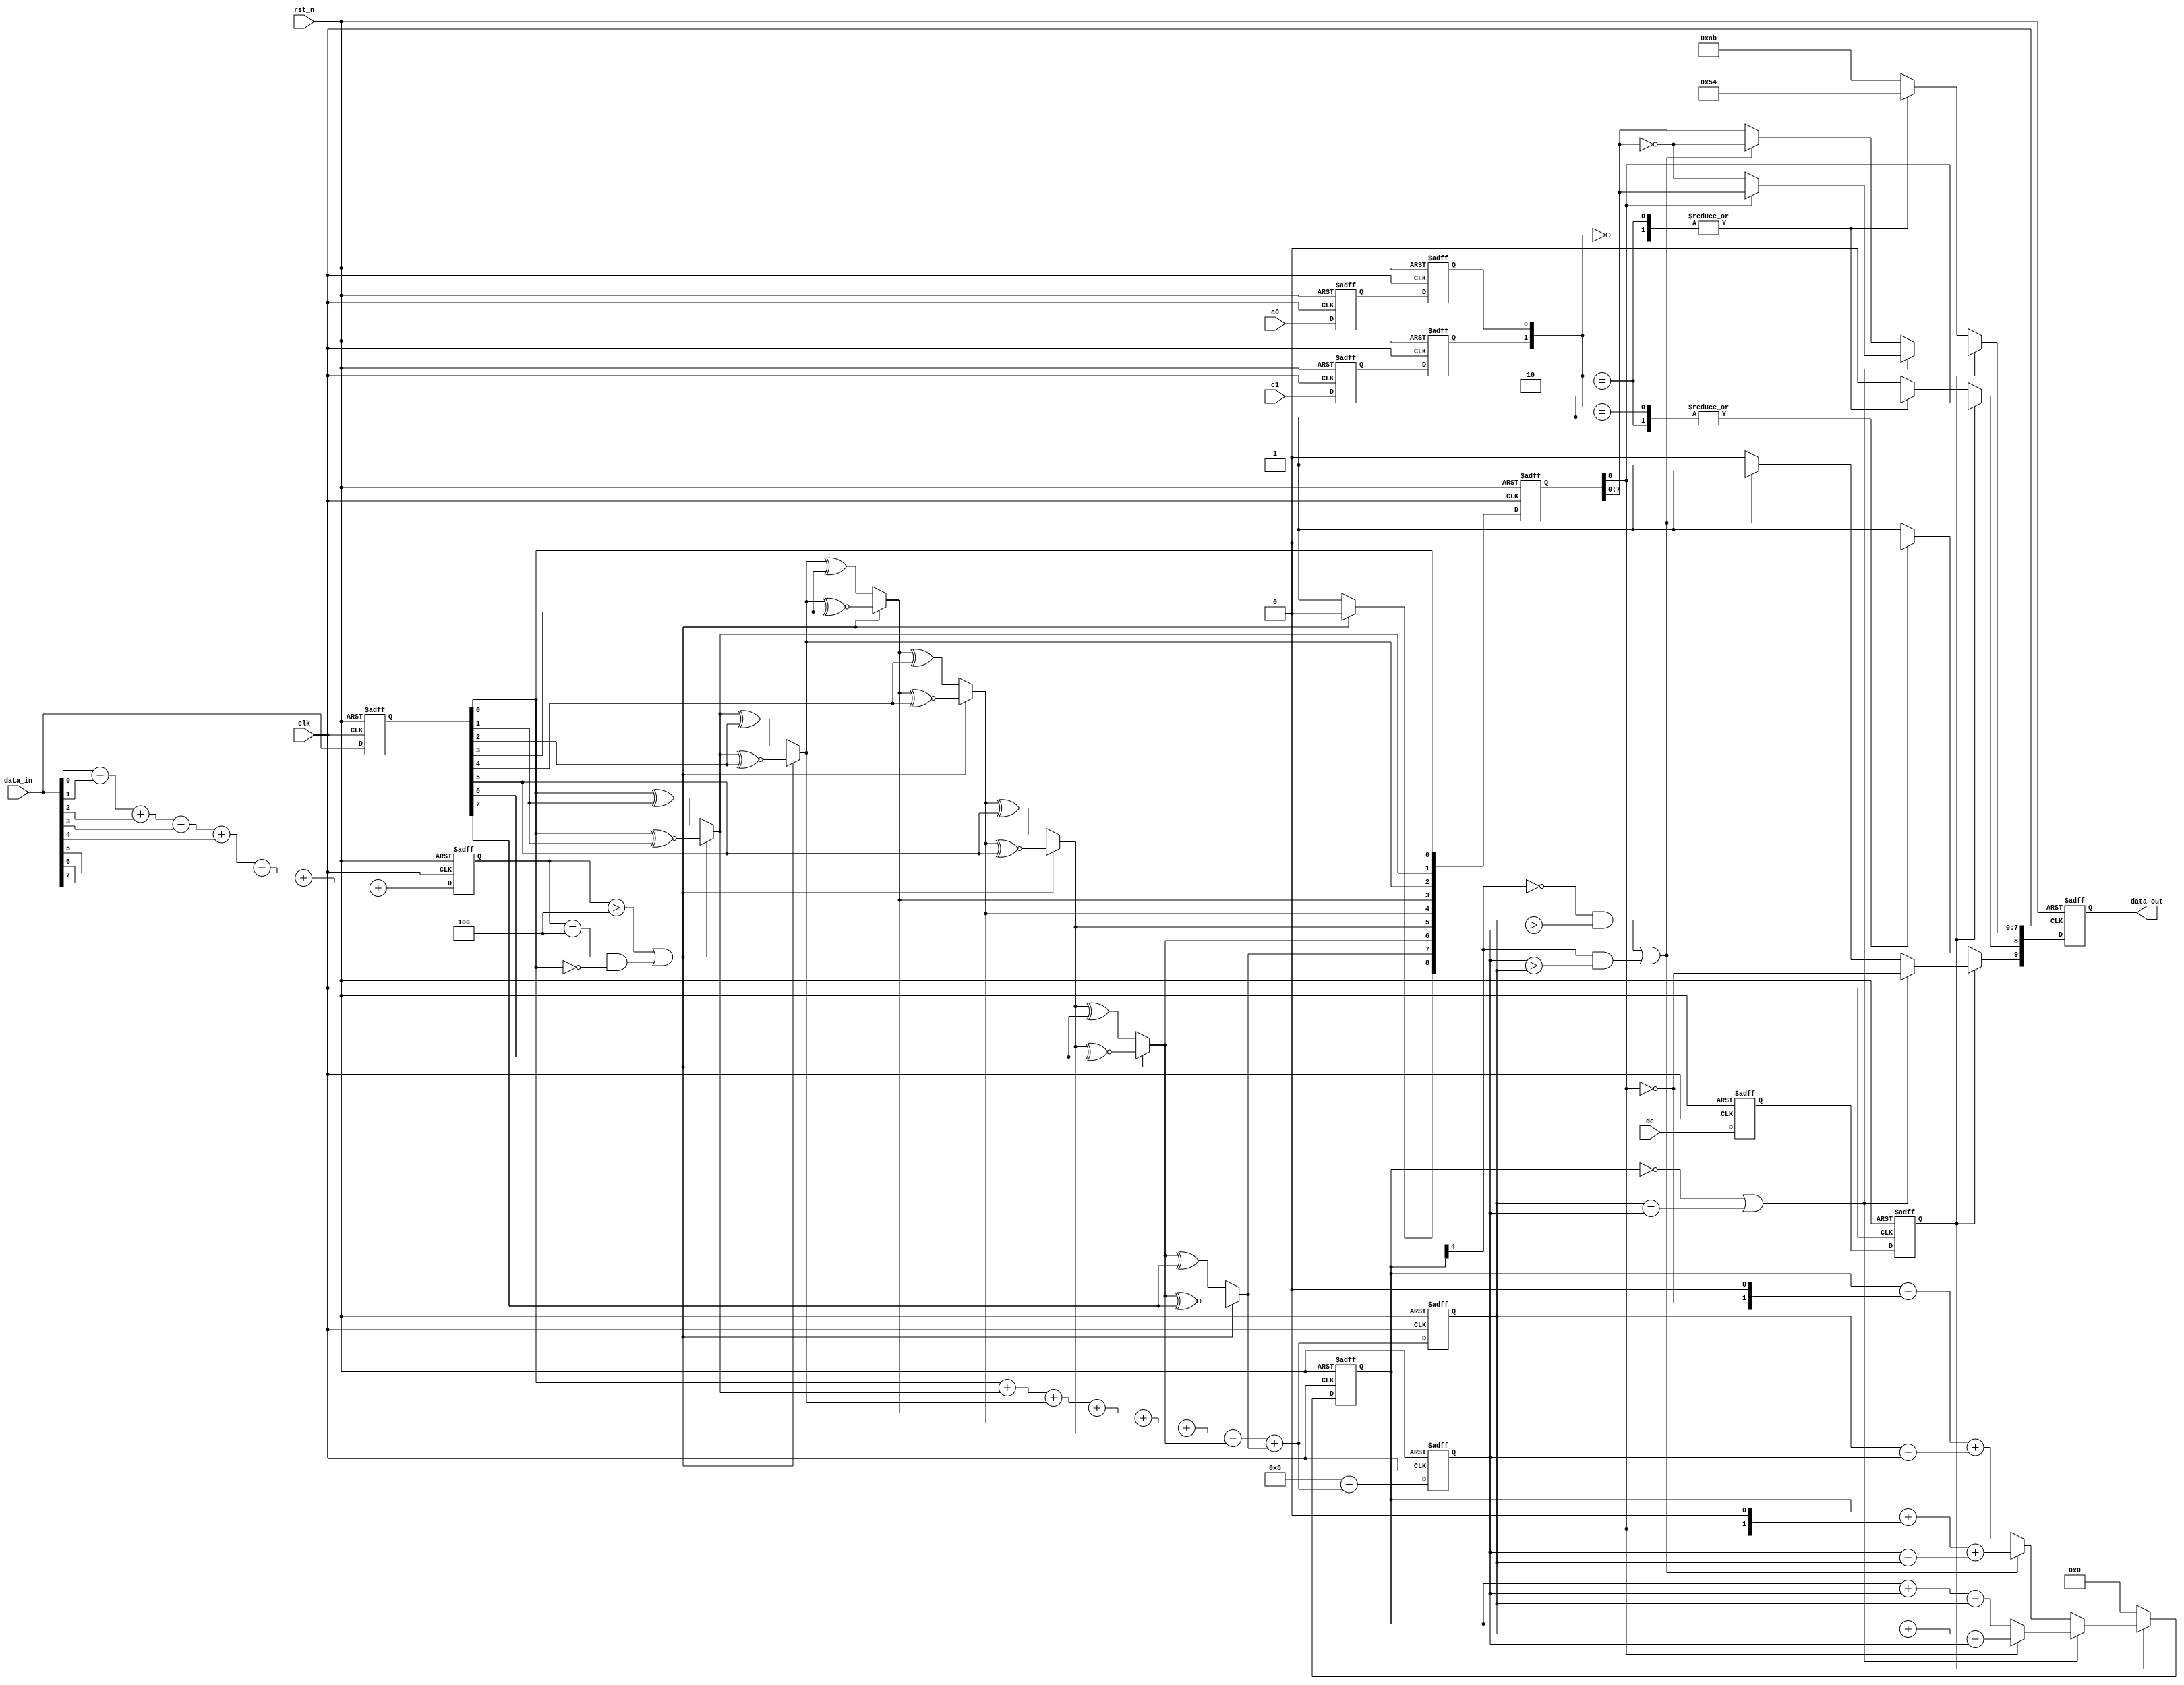
// tdms encode

module encode (
    input clk,
    input rst_n,
    input c0,
    input c1,
    input de,
    input [7:0] data_in,
    output reg [9:0] data_out
);

    wire condition_1;
    wire condition_2;
    wire condition_3;
    wire [8:0] q_m;

    reg [3:0] data_in_n1;
    reg [7:0] data_in_reg;
    reg [3:0] q_m_n1;
    reg [3:0] q_m_n0;
    reg [4:0] cnt;
    reg de_reg1;
    reg de_reg2;
    reg c0_reg1;
    reg c0_reg2;
    reg c1_reg1;
    reg c1_reg2;
    reg [8:0] q_m_reg;

    always @ (posedge clk or negedge rst_n) begin
        if (! rst_n) begin
            data_in_n1 <= 4'd0;
        end else begin
            data_in_n1 <= data_in[0] + data_in[1] + data_in[2] + data_in[3] + data_in[4] + data_in[5] + data_in[6] + data_in[7];
        end
    end

    always @ (posedge clk or negedge rst_n) begin
        if (! rst_n) begin
            data_in_reg <= 8'b0;
        end else begin
            data_in_reg <= data_in;
        end
    end

    assign condition_1 = ((data_in_n1 > 4'd4) || ((data_in_n1 == 4'd4) && (data_in_reg[0] == 1'b0)));

    assign q_m[0] = data_in_reg[0];
    assign q_m[1] = (condition_1) ? (q_m[0] ^~ data_in_reg[1]) : (q_m[0] ^ data_in_reg[1]);
    assign q_m[2] = (condition_1) ? (q_m[1] ^~ data_in_reg[2]) : (q_m[1] ^ data_in_reg[2]);
    assign q_m[3] = (condition_1) ? (q_m[2] ^~ data_in_reg[3]) : (q_m[2] ^ data_in_reg[3]);
    assign q_m[4] = (condition_1) ? (q_m[3] ^~ data_in_reg[4]) : (q_m[3] ^ data_in_reg[4]);
    assign q_m[5] = (condition_1) ? (q_m[4] ^~ data_in_reg[5]) : (q_m[4] ^ data_in_reg[5]);
    assign q_m[6] = (condition_1) ? (q_m[5] ^~ data_in_reg[6]) : (q_m[5] ^ data_in_reg[6]);
    assign q_m[7] = (condition_1) ? (q_m[6] ^~ data_in_reg[7]) : (q_m[6] ^ data_in_reg[7]);
    assign q_m[8] = (condition_1) ? 1'b0 : 1'b1;

    always@(posedge clk or negedge rst_n) begin
        if (! rst_n) begin
            q_m_n1 <= 4'd0;
            q_m_n0 <= 4'd0;
        end else begin
            q_m_n1 <= q_m[0] + q_m[1] + q_m[2] + q_m[3] + q_m[4] + q_m[5] + q_m[6] + q_m[7];
            q_m_n0 <= 4'd8 - (q_m[0] + q_m[1] + q_m[2] + q_m[3] + q_m[4] + q_m[5] + q_m[6] + q_m[7]);
        end
    end

    assign condition_2 = ((cnt == 5'd0) || (q_m_n1 == q_m_n0));

    assign condition_3 = (((~cnt[4] == 1'b1) && (q_m_n1 > q_m_n0)) || ((cnt[4] == 1'b1) && (q_m_n0 > q_m_n1)));

    always @ (posedge clk or negedge rst_n) begin
        if (! rst_n) begin
            de_reg1 <= 1'b0;
            de_reg2 <= 1'b0;
            c0_reg1 <= 1'b0;
            c0_reg2 <= 1'b0;
            c1_reg1 <= 1'b0;
            c1_reg2 <= 1'b0;
            q_m_reg <= 9'b0;
        end else begin
            de_reg1 <= de;
            de_reg2 <= de_reg1;
            c0_reg1 <= c0;
            c0_reg2 <= c0_reg1;
            c1_reg1 <= c1;
            c1_reg2 <= c1_reg1;
            q_m_reg <= q_m;
        end
    end

    always @ (posedge clk or negedge rst_n) begin
        if (! rst_n) begin
            data_out <= 10'b0;
            cnt <= 5'b0;
        end else begin
            if (de_reg2 == 1'b1) begin
                if (condition_2 == 1'b1) begin
                    data_out[9] <= ~q_m_reg[8]; 
                    data_out[8] <= q_m_reg[8]; 
                    data_out[7:0] <= (q_m_reg[8]) ? q_m_reg[7:0] : ~q_m_reg[7:0];
                    cnt <= (~q_m_reg[8]) ? (cnt + q_m_n0 - q_m_n1) : (cnt + q_m_n1 - q_m_n0);
                end else begin
                    if (condition_3 == 1'b1) begin
                        data_out[9] <= 1'b1;
                        data_out[8] <= q_m_reg[8];
                        data_out[7:0] <= ~q_m_reg[7:0];
                        cnt <=  cnt + {q_m_reg[8], 1'b0} + (q_m_n0 - q_m_n1);
                    end else begin
                        data_out[9] <= 1'b0;
                        data_out[8] <= q_m_reg[8];
                        data_out[7:0] <= q_m_reg[7:0];
                        cnt <= cnt - {~q_m_reg[8], 1'b0} + (q_m_n1 - q_m_n0);
                    end
                end
            end else begin
                case ({c1_reg2, c0_reg2})
                    2'b00:   data_out <= 10'b1101010100;
                    2'b01:   data_out <= 10'b0010101011;
                    2'b10:   data_out <= 10'b0101010100;
                    default: data_out <= 10'b1010101011;
                endcase
                cnt <= 5'b0;
            end
        end
    end
endmodule